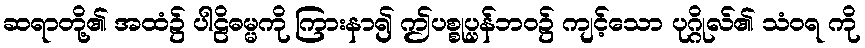
ဆရာတို့၏ အထံ၌ ပါဠိဓမ္မကို ကြားနာ၍ ဤပစ္စုပ္ပန်ဘဝ၌ ကျင့်သော ပုဂ္ဂိုလ်၏ သံဝရ ကို